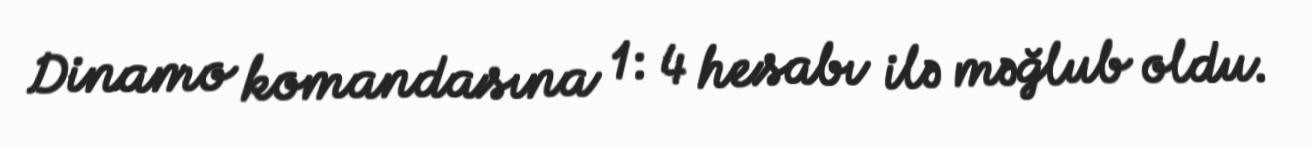
Dinamo komandasına 1: 4 hesabı ilə məğlub oldu.